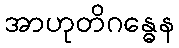
အာဟုတိဂန္ဓေန